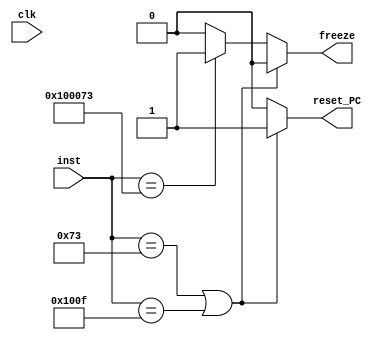
`timescale 1ns / 1ps
//////////////////////////////////////////////////////////////////////////////////
// Company: 
// Engineer: 
// 
// Design Name: 
// Module Name: Terminate
// Project Name: 
// Target Devices: 
// Tool Versions: 
// Description: 
// 
// Dependencies: 
// 
// Revision:
// Revision 0.01 - File Created
// Additional Comments:
// 
//////////////////////////////////////////////////////////////////////////////////


module Terminate(input clk, input [31:0]inst,output reg freeze,reset_PC);
//ebreak freezes PC and efence,ecall resets
parameter ecall = 32'b00001110011;
parameter ebreak=32'b00000000000100000000000001110011;
parameter fence=32'b00000000000000000001000000001111;
always@(clk)
begin
if(inst==ecall || inst==fence)
begin
freeze=1'b0;
reset_PC=1'b1;
end
else if(inst==ebreak)
begin
freeze=1'b1;
reset_PC=1'b0;
end
else 
begin
freeze=1'b0;  
reset_PC=1'b0;
end
end
endmodule